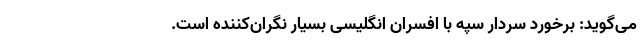
می‌گوید: برخورد سردار سپه با افسران انگلیسی بسیار نگران‌کننده است.